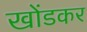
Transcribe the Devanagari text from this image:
खोंडकर